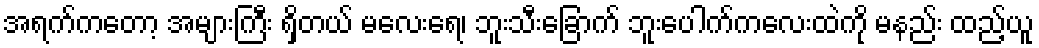
အရက်ကတော့ အများကြီး ရှိတယ် မလေးရေ၊ ဘူးသီးခြောက် ဘူးပေါက်ကလေးထဲကို မနည်း ထည့်ယူ